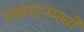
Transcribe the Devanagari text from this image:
एडमंटनमध्ये